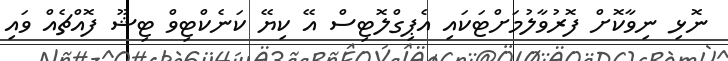
ނޮޅި ނިވާކޮށް ފޮރުވާލުމަށްޓަކައި އެޕިގްލޮޓިސް އޭ ކިޔޭ ކަނެކްޓިވް ޓިޝޫ ފޮއްޗެއް ވައި